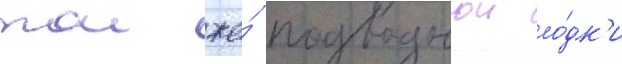
тои же́ подводнои ло́дк'и